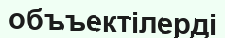
объъектілерді